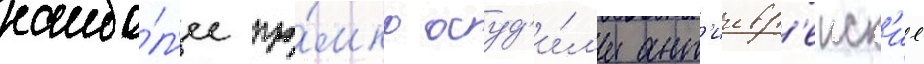
наибо́л'ее гро́мко осуд'и́л'и ант'иевр'еиск'ие